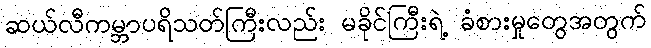
ဆယ်လီကမ္ဘာပရိသတ်ကြီးလည်း မခိုင်ကြီးရဲ့ ခံစားမှုတွေအတွက်